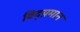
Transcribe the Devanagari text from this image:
विद्य़मान